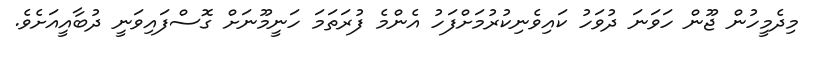
މިދެމީހުން ޖޫން ހަވަނަ ދުވަހު ކައިވެނިކުރުމަށްފަހު އެންމެ ފުރަތަމަ ހަނީމޫނަށް ގޮސްފައިވަނީ ދުބާއީއަށެވެ.